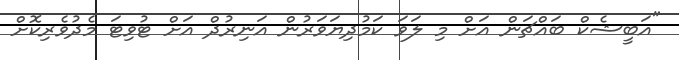
"އަބީޝެކް ބައްޗަން އަށް މި ލަވަ ކަމުދިޔަވަރުން އަނިރުދް އަށް ޓުވިޓަ މެދުވެރިކޮށް